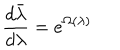
\frac { d \bar { \lambda } } { d \lambda } = e ^ { \Omega ( \lambda ) }